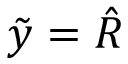
\tilde { y } = \hat { R }